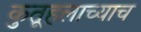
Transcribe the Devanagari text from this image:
कुतूहलाच्याच